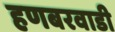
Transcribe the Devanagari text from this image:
हणबरवाडी